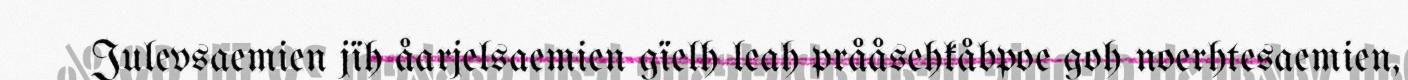
Julevsaemien jïh åarjelsaemien gïelh leah prååsehkåbpoe goh noerhtesaemien,